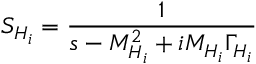
S _ { H _ { i } } = { \frac { 1 } { s - M _ { H _ { i } } ^ { 2 } + i M _ { H _ { i } } \Gamma _ { H _ { i } } } }